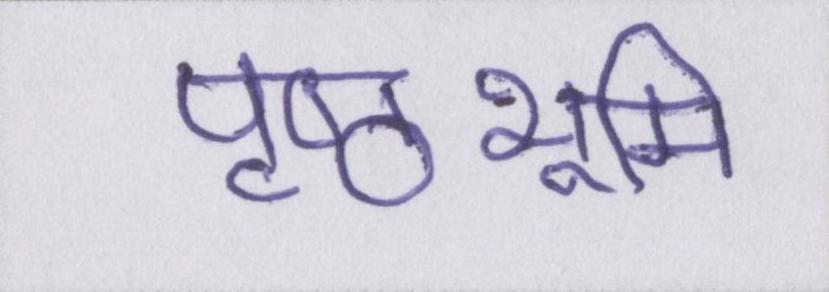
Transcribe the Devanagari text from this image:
पृष्ठभूमि